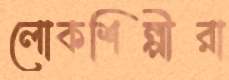
লোকশিল্পীরা